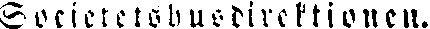
Societetshusdirektionen.